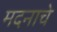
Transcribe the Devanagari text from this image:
मदनाचे